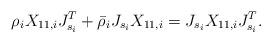
LaTeX: \begin{align*} \rho_i X_{11,i} J_{s_i}^T + \bar\rho_i J_{s_i} X_{11,i} = J_{s_i}X_{11,i} J_{s_i}^T.\end{align*}